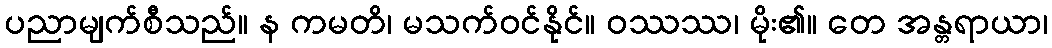
ပညာမျက်စီသည်။ န ကမတိ၊ မသက်ဝင်နိုင်။ ဝဿဿ၊ မိုး၏။ တေ အန္တရာယာ၊